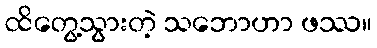
ထိတွေ့သွားတဲ့ သဘောဟာ ဖဿ။